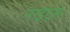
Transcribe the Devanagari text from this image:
नाइट्‌स